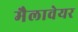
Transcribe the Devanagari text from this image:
मैलावेयर